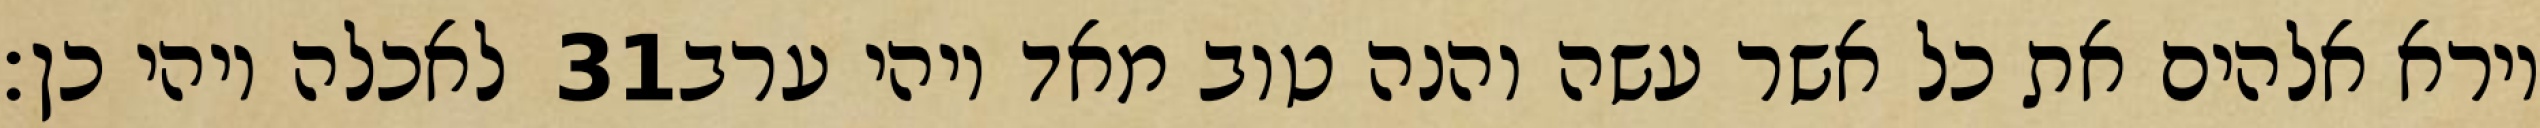
לאכלה ויהי כן׃ ‎31‏ וירא אלהים את כל אשר עשה והנה טוב מאד ויהי ערב